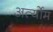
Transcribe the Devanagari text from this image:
अर्त्योम